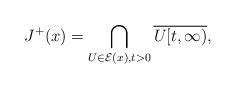
LaTeX: \begin{align*} J^+(x)=\bigcap_{U\in \mathcal{E}(x),t>0}\overline{U[t,\infty)},\end{align*}